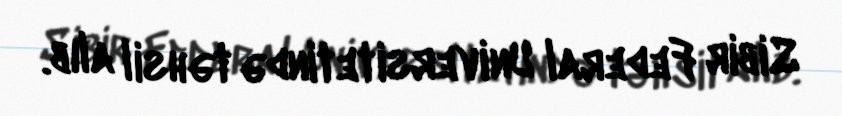
Sibir Federal Universitetində təhsil alıb.